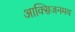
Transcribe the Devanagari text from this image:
आक्सिजनमय